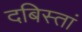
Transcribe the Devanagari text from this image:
दबिस्तां